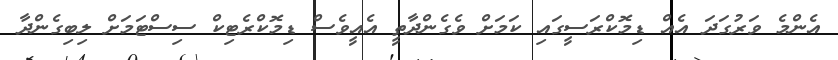
އެންމެ ވަރުގަދަ އެއް ޑިމޮކްރަސީގައި ކަމަށް ވެގެންދާތީ އެއީވެސް ޑިމޮކްރެޓިކް ސިސްޓަމަށް ލިބިގެންދާ